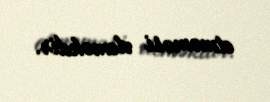
etməməsi deməkdir.